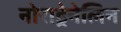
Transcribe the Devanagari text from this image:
नोराड्रेनेलिन